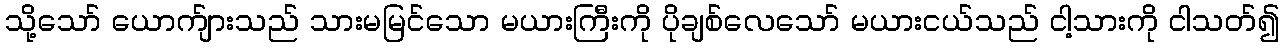
သို့သော် ယောက်ျားသည် သားမမြင်သော မယားကြီးကို ပိုချစ်လေသော် မယားငယ်သည် ငါ့သားကို ငါသတ်၍